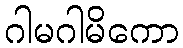
ဂါမဂါမိကော